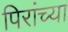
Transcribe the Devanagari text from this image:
पिरांच्या